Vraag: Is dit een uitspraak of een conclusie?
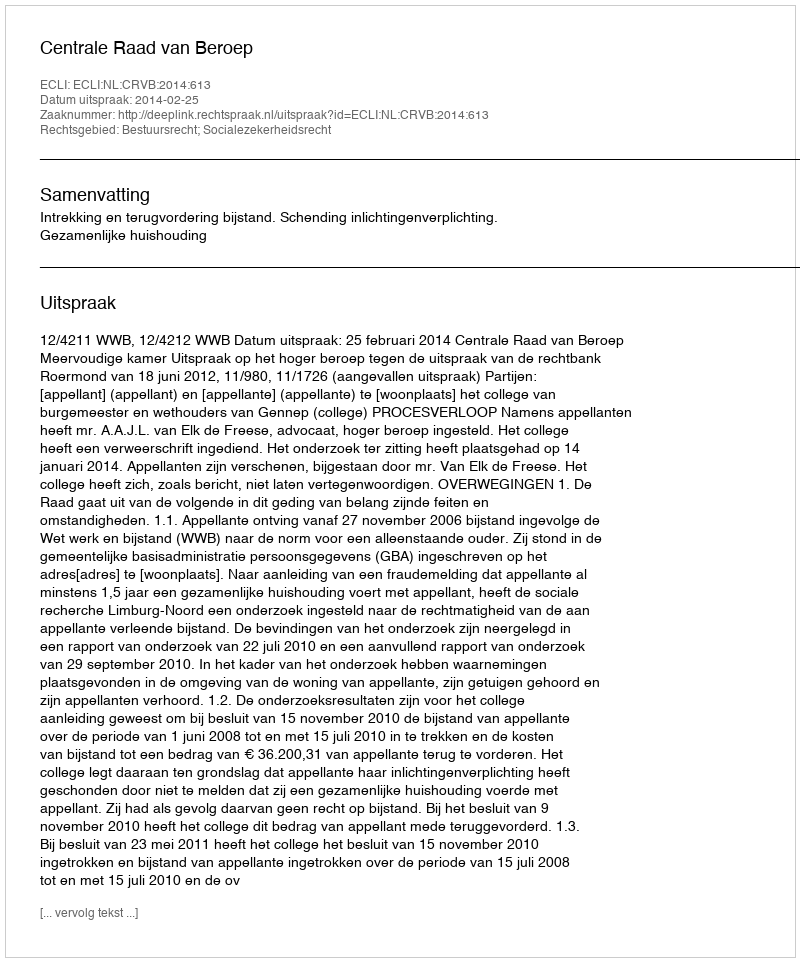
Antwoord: Uitspraak